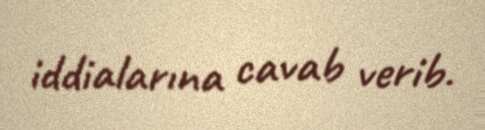
iddialarına cavab verib.